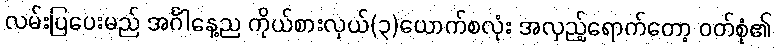
လမ်းပြပေးမည် အင်္ဂါနေ့ည ကိုယ်စားလှယ်(၃)ယောက်စလုံး အလှည့်ရောက်တော့ ဝတ်စုံ၏